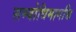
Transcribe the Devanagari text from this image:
सम्बोधिमागच्चि